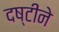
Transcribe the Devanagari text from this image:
दष्‍टीने